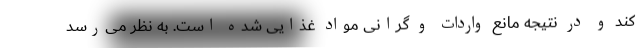
کند و در نتیجه مانع واردات و گرانی مواد غذایی شده است. به نظر می‌رسد